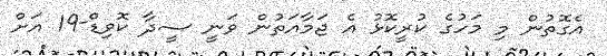
އެގޮތުން މި މަހުގެ ކުރީކޮޅު އެ ޖަމާއަތުން ވަނީ ސީދާ ކޮވިޑް-19 އަށް